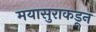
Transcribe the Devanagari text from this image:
मयासुराकडून